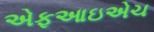
એફઆઇએચ